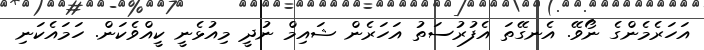
އަހަރެމެންގެ ނޯވޭ. އެނގޭތަ އެފުރުސަތު އަހަރެން ޝައިމް ނުދީ މިއުޅެނީ ކީއްވެކަން. ހަމައެކަނި